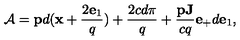
{ \cal A } = { \bf p } d ( { \bf x } + \frac { 2 { \bf e } _ { 1 } } { q } ) + \frac { 2 c d \pi } { q } + \frac { { \bf p J } } { c q } { \bf e } _ { + } d { \bf e } _ { 1 } ,